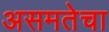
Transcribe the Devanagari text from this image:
असमतेचा